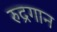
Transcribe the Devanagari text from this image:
रुद्रगान